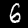
Digit: 6